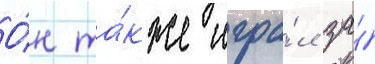
О́н та́кже игра́л за́